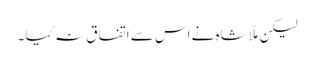
لیکن ملّا شاہ نے اس سے اتفاق نہ کیا ۔